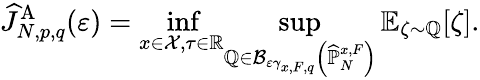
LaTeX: \widehat{J}_{N,p,q}^{\mathrm{A}}(\varepsilon)={\displaystyle\operatorname*{inf}_{x\in\mathcal{X},\tau\in\mathbb{R}}}{\displaystyle\operatorname*{sup}_{\mathbb{Q}\in\mathcal{B}_{\varepsilon\gamma_{x,F,q}}\left(\widehat{\mathbb{P}}_{N}^{x,F}\right)}\mathbb{E}_{\zeta\sim\mathbb{Q}}[\zeta]}.